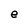
Character: e